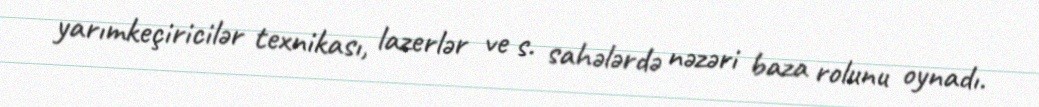
yarımkeçiricilər texnikası, lazerlər ve s. sahələrdə nəzəri baza rolunu oynadı.